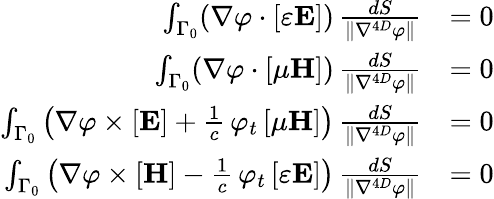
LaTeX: {\begin{array}{rl}{\int_{\Gamma_{0}}(\nabla\varphi\cdot[\varepsilon\mathbf{E}])\, {\frac{dS}{\| \nabla^{4D}\varphi\| }}}&{=0}\\ {\int_{\Gamma_{0}}(\nabla\varphi\cdot[\mu\mathbf{H}])\, {\frac{dS}{\| \nabla^{4D}\varphi\| }}}&{=0}\\ {\int_{\Gamma_{0}}\left(\nabla\varphi\times[\mathbf{E}]+{\frac{1}{c}}\, \varphi_{t}\, [\mu\mathbf{H}]\right)\, {\frac{dS}{\| \nabla^{4D}\varphi\| }}}&{=0}\\ {\int_{\Gamma_{0}}\left(\nabla\varphi\times[\mathbf{H}]-{\frac{1}{c}}\, \varphi_{t}\, [\varepsilon\mathbf{E}]\right)\, {\frac{dS}{\| \nabla^{4D}\varphi\| }}}&{=0}\end{array}}